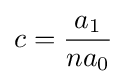
c={\frac {a_{1}}{na_{0}}}